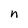
Character: n